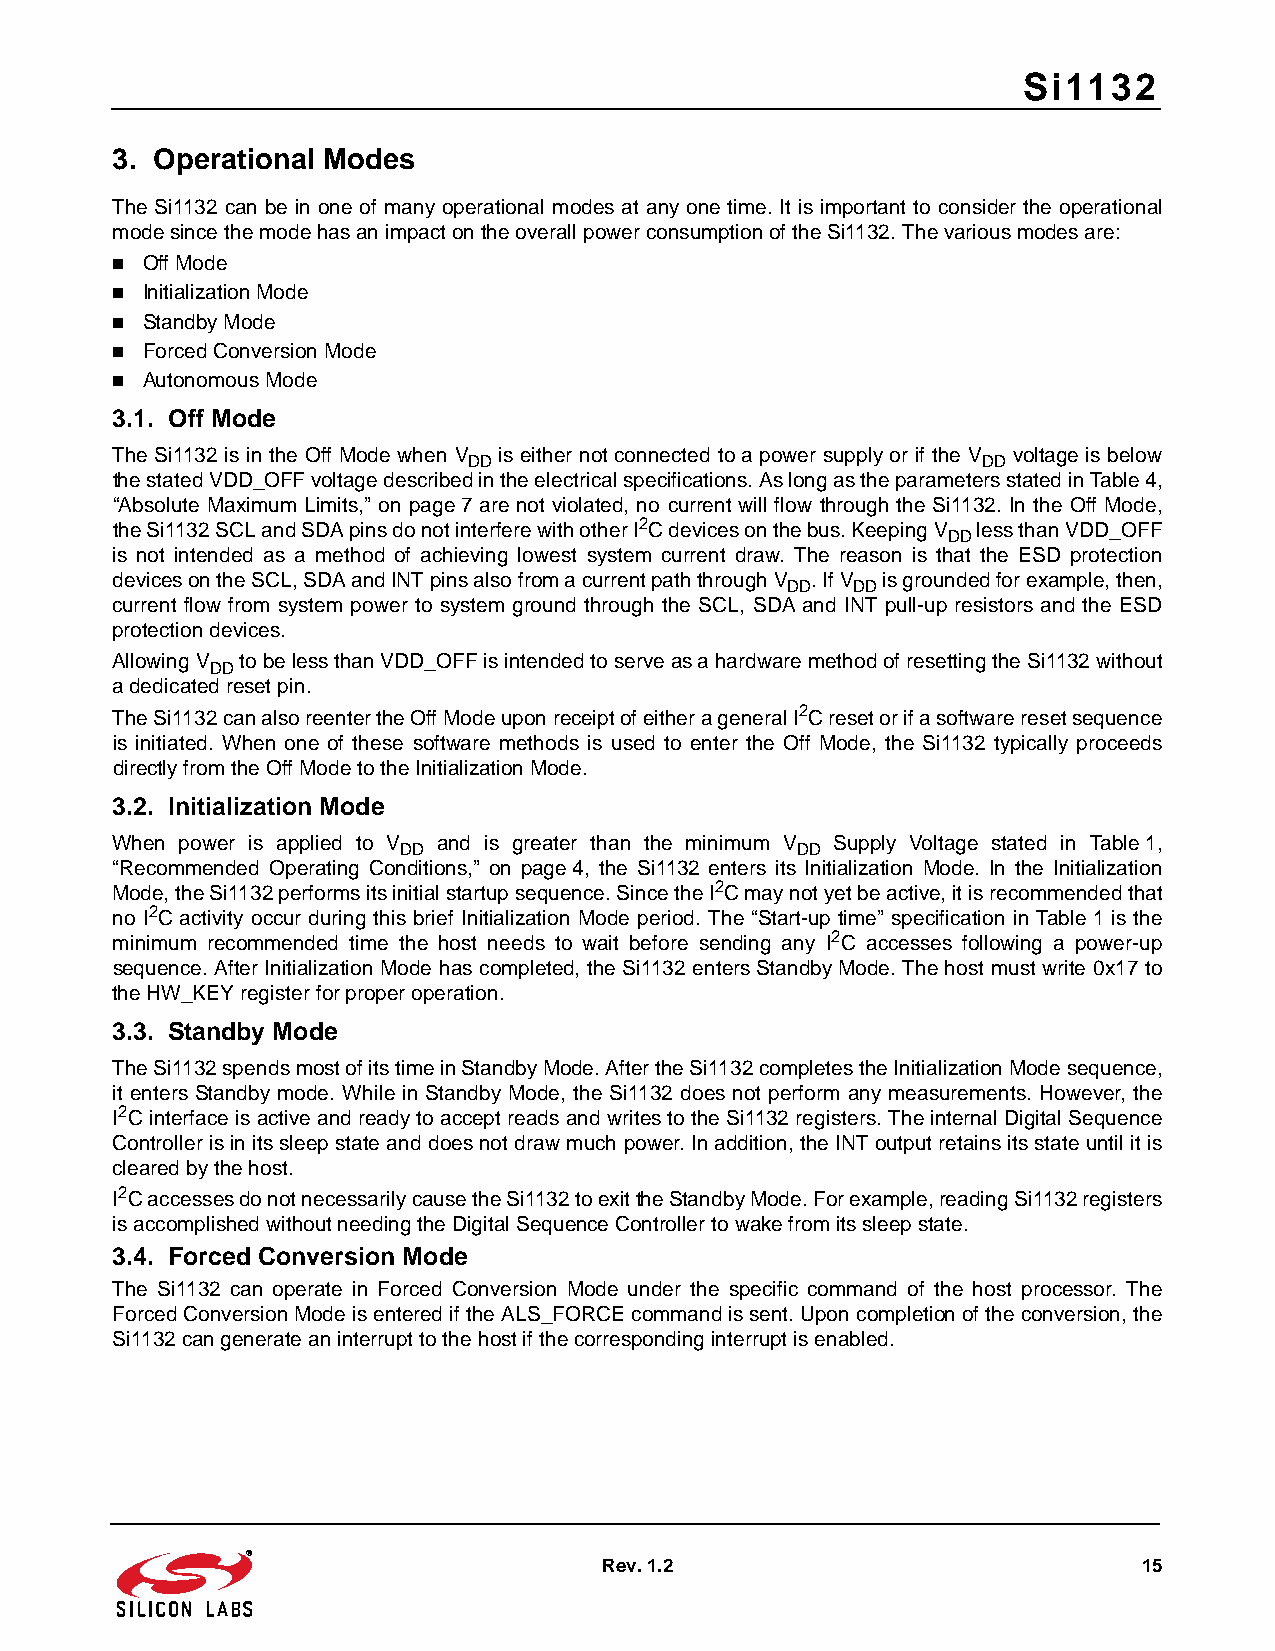
Si1132
 3. Operational Modes
 The Si1132 can be in one of many operational modes at any one time. It is important to consider the operational
 mode since the mode has an impact on the overall power consumption of the Si1132. The various modes are:
  Off Mode
  Initialization Mode
  Standby Mode
  Forced Conversion Mode
  Autonomous Mode
 3.1. Off Mode
 The Si1132 is in the Off Mode when V is either not connected to a power supply or if the V voltage is below
 DD                                DD
 the stated VDD_OFF voltage described in the electrical specifications. As long as the parameters stated in Table4,
 “Absolute Maximum Limits,” on page7 are not violated, no current will flow through the Si1132. In the Off Mode,
 the Si1132 SCL and SDA pins do not interfere with other I2C devices on the bus. Keeping V less than VDD_OFF
 DD
 is not intended as a method of achieving lowest system current draw. The reason is that the ESD protection
 devices on the SCL, SDA and INT pins also from a current path through V . If V is grounded for example, then,
 DD  DD
 current flow from system power to system ground through the SCL, SDA and INT pull-up resistors and the ESD
 protection devices.
 Allowing V to be less than VDD_OFF is intended to serve as a hardware method of resetting the Si1132 without
 DD
 a dedicated reset pin.
 The Si1132 can also reenter the Off Mode upon receipt of either a general I2C reset or if a software reset sequence
 is initiated. When one of these software methods is used to enter the Off Mode, the Si1132 typically proceeds
 directly from the Off Mode to the Initialization Mode.
 3.2. Initialization Mode
 When power is applied to V and is greater than the minimum V Supply Voltage stated in Table1,
 DD                        DD
 “Recommended Operating Conditions,” on page4, the Si1132 enters its Initialization Mode. In the Initialization
 Mode, the Si1132 performs its initial startup sequence. Since the I2C may not yet be active, it is recommended that
 no I2C activity occur during this brief Initialization Mode period. The “Start-up time” specification in Table1 is the
 minimum recommended time the host needs to wait before sending any I2C accesses following a power-up
 sequence. After Initialization Mode has completed, the Si1132 enters Standby Mode. The host must write 0x17 to
 the HW_KEY register for proper operation.
 3.3. Standby Mode
 The Si1132 spends most of its time in Standby Mode. After the Si1132 completes the Initialization Mode sequence,
 it enters Standby mode. While in Standby Mode, the Si1132 does not perform any measurements. However, the
 I2C interface is active and ready to accept reads and writes to the Si1132 registers. The internal Digital Sequence
 Controller is in its sleep state and does not draw much power. In addition, the INT output retains its state until it is
 cleared by the host.
 I2C accesses do not necessarily cause the Si1132 to exit the Standby Mode. For example, reading Si1132 registers
 is accomplished without needing the Digital Sequence Controller to wake from its sleep state.
 3.4. Forced Conversion Mode
 The Si1132 can operate in Forced Conversion Mode under the specific command of the host processor. The
 Forced Conversion Mode is entered if the ALS_FORCE command is sent. Upon completion of the conversion, the
 Si1132 can generate an interrupt to the host if the corresponding interrupt is enabled.
 Rev. 1.2                            15